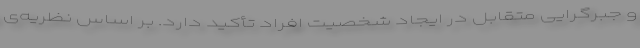
و جبرگرایی متقابل در ایجاد شخصیت افراد تأکید دارد. بر اساس نظریه‌ی